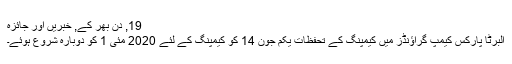
19, دن بھر کے, خبریں اور جائزہ
البرٹا پارکس کیمپ گراؤنڈز میں کیمپنگ کے تحفظات یکم جون 14 کو کیمپنگ کے لئے 2020 مئی 1 کو دوبارہ شروع ہوئے۔